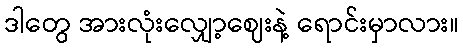
ဒါတွေ အားလုံးလျှော့ဈေးနဲ့ ရောင်းမှာလား။